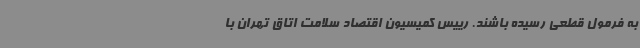
به فرمول قطعی رسیده باشند. رییس کمیسیون اقتصاد سلامت اتاق تهران با